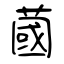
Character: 蔮